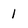
Character: 1